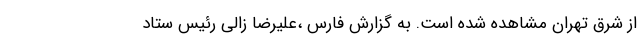
از شرق تهران مشاهده شده است. به گزارش فارس ،علیرضا زالی رئیس ستاد